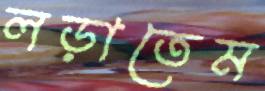
লড়াতেম